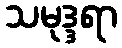
သမုဒ္ဒရာ